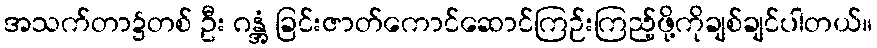
အသက်တာ၌တစ် ဦး ဂန္အံ့ ခြင်းဇာတ်ကောင်ဆောင်ကြဉ်းကြည့်ဖို့ကိုချစ်ချင်ပါတယ်။